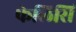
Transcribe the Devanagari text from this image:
फेलिसि